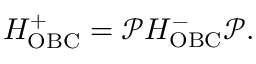
\begin{array} { r } { H _ { \mathrm { O B C } } ^ { + } = \mathcal { P } H _ { \mathrm { O B C } } ^ { - } \mathcal { P } . } \end{array}